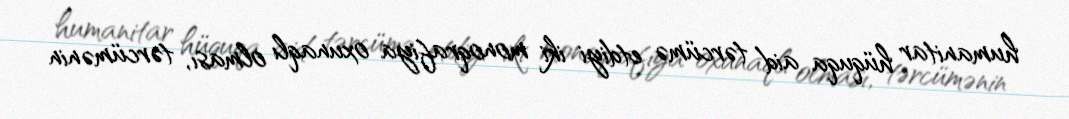
humanitar hüquqa aid tərcümə etdiyi iki monoqrafiya oxunaqlı olması, tərcümənin